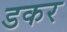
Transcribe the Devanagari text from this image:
डकर